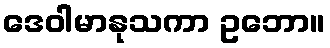
ဒေဝါမာနုသကာ ဥဘော။